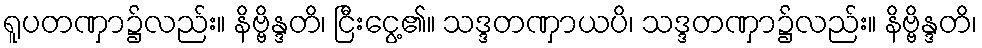
ရူပတဏှာ၌လည်း။ နိဗ္ဗိန္ဒတိ၊ ငြီးငွေ့၏။ သဒ္ဒတဏှာယပိ၊ သဒ္ဒတဏှာ၌လည်း။ နိဗ္ဗိန္ဒတိ၊